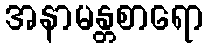
အနာမန္တစာရော